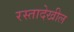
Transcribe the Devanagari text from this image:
रस्तादेखील